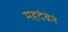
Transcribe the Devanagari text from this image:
महदंबेने